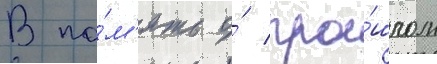
В па́м'ять о́ про́шлом